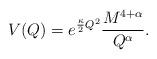
LaTeX: \begin{align*}V(Q) = e^{\frac{\kappa}{2}Q^2}\frac{M^{4+\alpha}}{Q^{\alpha}}.\end{align*}